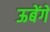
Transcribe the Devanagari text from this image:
ऊबेंगे